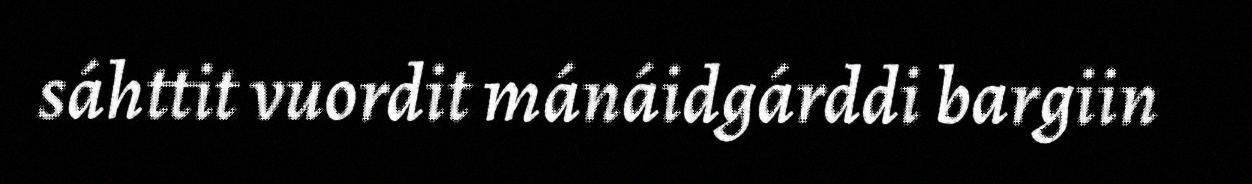
sáhttit vuordit mánáidgárddi bargiin